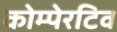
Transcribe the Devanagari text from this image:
कोम्पेरटिव